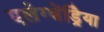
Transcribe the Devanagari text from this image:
एलेग्जेंड्रेिया